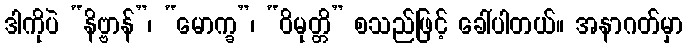
ဒါကိုပဲ “နိဗ္ဗာန်”၊ “မောက္ခ”၊ “ဝိမုတ္တိ” စသည်ဖြင့် ခေါ်ပါတယ်။ အနာဂတ်မှာ